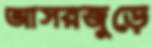
আসরজুড়ে